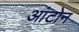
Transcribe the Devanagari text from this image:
आंटोन